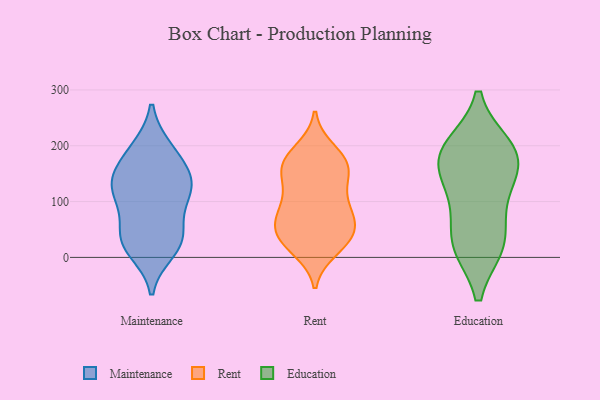
{"axis": {"x": "Temperature (°C)", "y": "Value"}, "legend": ["Education", "Maintenance", "Rent"], "data": [{"x": "", "y": 101, "type": "Maintenance"}, {"x": "", "y": 158, "type": "Maintenance"}, {"x": "", "y": 152, "type": "Maintenance"}, {"x": "", "y": 194, "type": "Maintenance"}, {"x": "", "y": 128, "type": "Maintenance"}, {"x": "", "y": 41, "type": "Maintenance"}, {"x": "", "y": 12, "type": "Maintenance"}, {"x": "", "y": 136, "type": "Maintenance"}, {"x": "", "y": 112, "type": "Maintenance"}, {"x": "", "y": 115, "type": "Maintenance"}, {"x": "", "y": 42, "type": "Maintenance"}, {"x": "", "y": 32, "type": "Maintenance"}, {"x": "", "y": 24, "type": "Maintenance"}, {"x": "", "y": 195, "type": "Maintenance"}, {"x": "", "y": 29, "type": "Rent"}, {"x": "", "y": 50, "type": "Rent"}, {"x": "", "y": 164, "type": "Rent"}, {"x": "", "y": 163, "type": "Rent"}, {"x": "", "y": 72, "type": "Rent"}, {"x": "", "y": 87, "type": "Rent"}, {"x": "", "y": 153, "type": "Rent"}, {"x": "", "y": 52, "type": "Rent"}, {"x": "", "y": 14, "type": "Rent"}, {"x": "", "y": 105, "type": "Rent"}, {"x": "", "y": 162, "type": "Rent"}, {"x": "", "y": 60, "type": "Rent"}, {"x": "", "y": 22, "type": "Rent"}, {"x": "", "y": 184, "type": "Rent"}, {"x": "", "y": 99, "type": "Rent"}, {"x": "", "y": 160, "type": "Rent"}, {"x": "", "y": 123, "type": "Rent"}, {"x": "", "y": 192, "type": "Rent"}, {"x": "", "y": 30, "type": "Rent"}, {"x": "", "y": 59, "type": "Rent"}, {"x": "", "y": 159, "type": "Education"}, {"x": "", "y": 123, "type": "Education"}, {"x": "", "y": 89, "type": "Education"}, {"x": "", "y": 22, "type": "Education"}, {"x": "", "y": 169, "type": "Education"}, {"x": "", "y": 23, "type": "Education"}, {"x": "", "y": 198, "type": "Education"}, {"x": "", "y": 184, "type": "Education"}, {"x": "", "y": 196, "type": "Education"}, {"x": "", "y": 22, "type": "Education"}]}